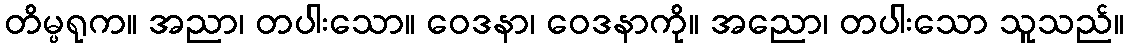
တိမ္ပရုက။ အညာ၊ တပါးသော။ ဝေဒနာ၊ ဝေဒနာကို။ အညော၊ တပါးသော သူသည်။